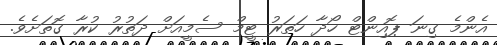
އެންމެ ގިނަ ޕޮއިންޓް ހޯދާ ހަތަރު ޓީމް ސެމީއަށް ދަތުރު ކުރާ ގޮތަށެވެ.